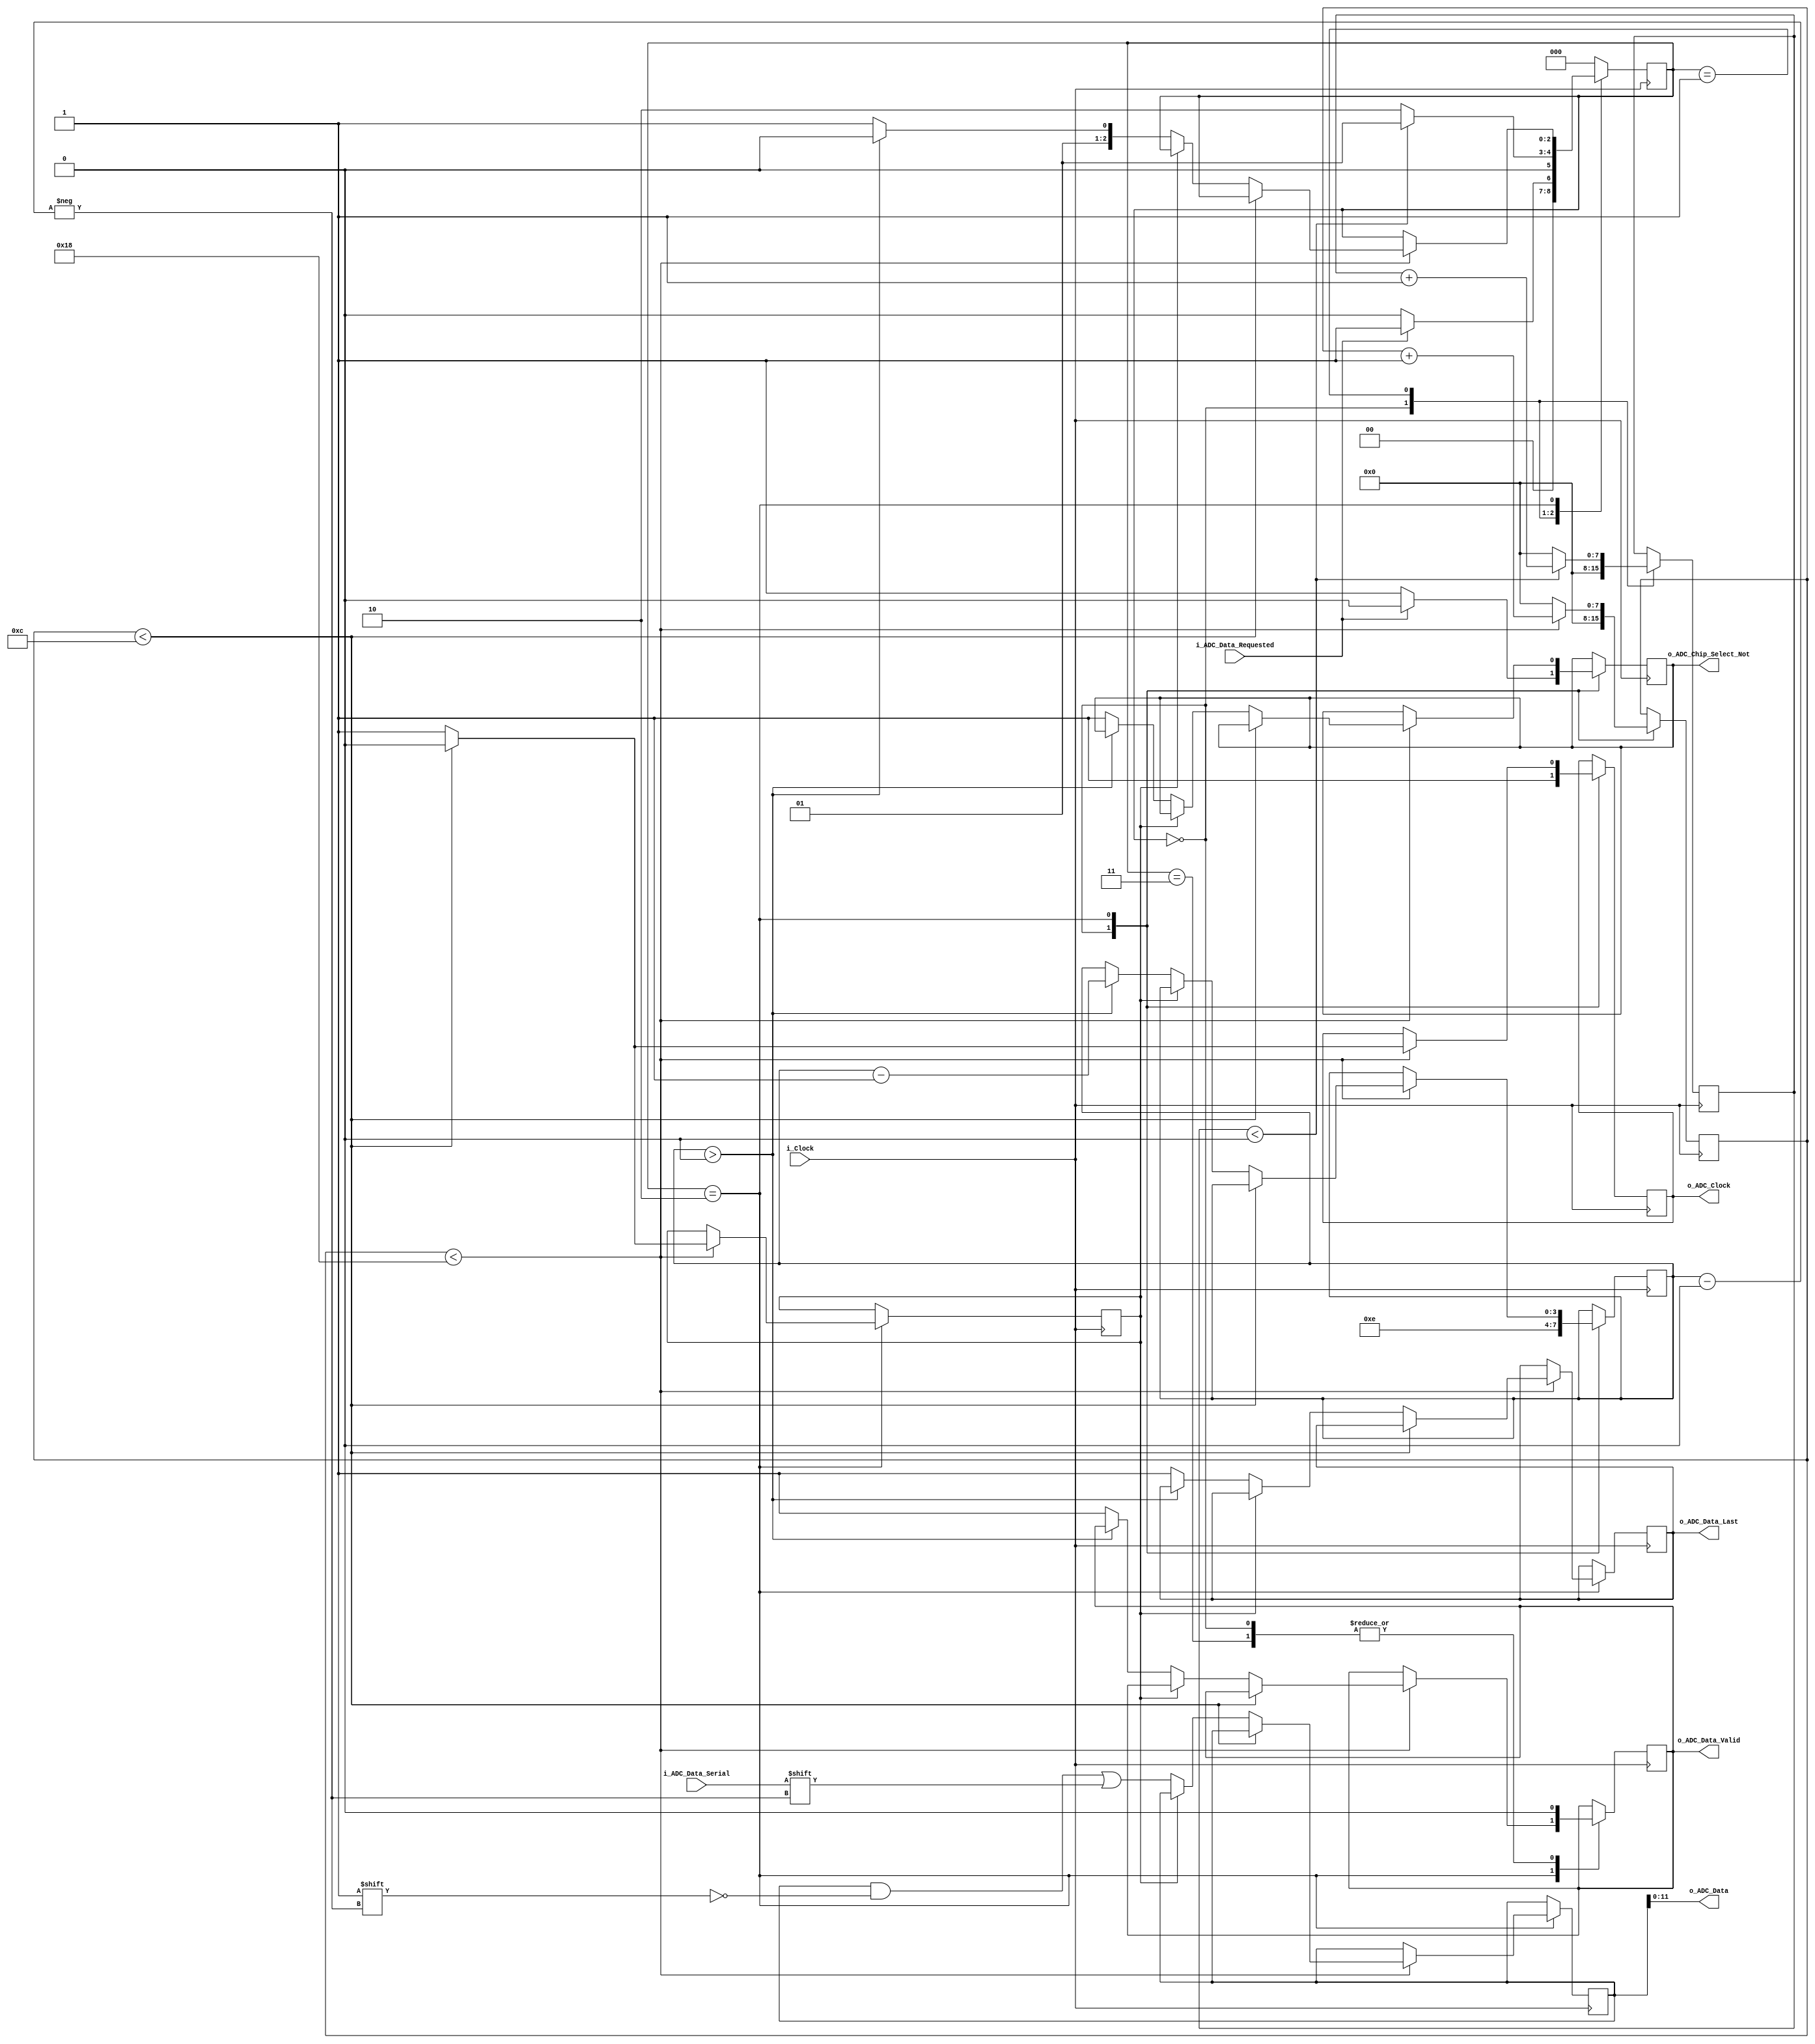
`timescale 1ns / 1ps

module Read_ADC
  #(parameter ADC_CLKS_PER_BIT = 25)
  (
   input        i_Clock,
   input        i_ADC_Data_Serial,
   input        i_ADC_Data_Requested,// Set this to True when you want an ADC readout
   output       o_ADC_Data_Valid,    // When this is true, it means the adc data is ready
   output [11:0] o_ADC_Data,         //Its a 12 bit ADC
   output       o_ADC_Chip_Select_Not, // The ~CS line is active when False
   output       o_ADC_Data_Last,     // Last sample of the frame
   output       o_ADC_Clock          // Falling edge requests next bit, bit is read on rising edge
   );
   
  parameter IDLE                 = 2'b00;   // State Machine states
  parameter ADC_CONVERSION_DELAY = 2'b01;   // Not needed? Datasheet says 10 ns minimum is needed.
  parameter READ_DATA_BITS       = 2'b10;
  parameter CLEANUP              = 2'b11;
 
  reg [7:0]     r_Clock_Count    = 0;
  reg [3:0]     r_Bit_Index      = 15; //4 zero bits + 12 data bits = 16 bits total
  reg [15:0]    r_ADC_Data       = 0;  // First 4 bits always zero
  reg           r_ADC_Data_Valid = 0;
  reg [2:0]     r_SM_Main        = 0;
  reg           r_ADC_Chip_Select_Not = 1;
  reg           r_ADC_Clock      = 1;
  reg [7:0]    r_Delay_Clock_Count = 0;
  reg           r_Got_The_Bit    = 1'b0;
  reg           r_ADC_Data_Last = 0;
 
  // Read ADC state machine
  always @(posedge i_Clock)
  begin
    case (r_SM_Main)
      IDLE : begin
          r_ADC_Data_Valid    <= 1'b0;
          r_Clock_Count       <= 0;
          r_Delay_Clock_Count <= 0;
          r_Bit_Index         <= 14;  // ADC send 15 bits (not 16)   High order bits first
          r_ADC_Clock         <= 1'b1;
          if (i_ADC_Data_Requested == 1'b1) begin
            r_SM_Main <= ADC_CONVERSION_DELAY;
            r_ADC_Chip_Select_Not <= 1'b0;        // Start the conversion
          end else begin
            r_SM_Main <= IDLE;
            r_ADC_Chip_Select_Not <= 1'b1;        // Don't start the conversion
          end
      end // case: IDLE
      ADC_CONVERSION_DELAY : begin
        if (r_Delay_Clock_Count < 0) begin   // Adjust to give time for ADC to start a conversion
          // 0 gives 80 ns (Three cycles of 25 MHz clock), 1 gives 120 ns, 2 gives 160 ns, etc
          r_Delay_Clock_Count <= r_Delay_Clock_Count + 1;
          r_SM_Main <= ADC_CONVERSION_DELAY;
        end else begin
          r_Delay_Clock_Count <= 0;
          r_SM_Main <= READ_DATA_BITS;
        end
      end // case: ADC_CONVERSION_DELAY
      READ_DATA_BITS : begin
        if (r_Clock_Count < ADC_CLKS_PER_BIT-1) begin
          if (r_Clock_Count < (ADC_CLKS_PER_BIT/2)) begin
            r_ADC_Clock <= 1'b0;     // Falling edge tells ADC to output a bit
            r_Got_The_Bit <= 1'b0;
          end else begin
            r_ADC_Clock <= 1'b1;     // Rising edge is when we get the bit.  (It is now stable)
            if (r_Got_The_Bit == 1'b0) begin
              r_ADC_Data[r_Bit_Index] <= i_ADC_Data_Serial;  // GET THE DATA BIT!!
              r_Got_The_Bit <= 1'b1;   //We want to latch the bit only once
              // Check if we have received all bits
              if (r_Bit_Index > 0) begin      // We need to get more bits (We get 16 bits, 1st four are zero)
                r_Bit_Index <= r_Bit_Index - 1;  //ADC send bit 15 first, then bit 14, ...
                r_SM_Main   <= READ_DATA_BITS;
              end else begin
                r_ADC_Data_Valid <= 1'b1;         // All 15 bits are now valid. Tell caller to get the data.
                r_ADC_Chip_Select_Not <= 1'b1;    // Stop the conversion
                r_ADC_Data_Last <= 1'b1;
                r_SM_Main     <= CLEANUP;
              end
            end
          end
          r_Clock_Count <= r_Clock_Count + 1;
        end else begin
          r_Clock_Count <= 0;
        end
      end // case: READ_DATA_BITS      
      CLEANUP : begin      // Stay here 1 clock
         // r_Delay_Clock_Count <= 0;
          r_SM_Main <= IDLE;
          r_ADC_Data_Valid   <= 1'b0;
      end // case: CLEANUP       
      default :
        r_SM_Main <= IDLE;
    endcase
  end    

  assign o_ADC_Data_Valid   = r_ADC_Data_Valid;
  assign o_ADC_Data = r_ADC_Data[11:0];
  assign o_ADC_Chip_Select_Not = r_ADC_Chip_Select_Not;
  assign o_ADC_Clock = r_ADC_Clock;
  assign o_ADC_Data_Last = r_ADC_Data_Last;
endmodule // Read_ADC